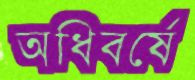
অধিবর্ষে